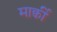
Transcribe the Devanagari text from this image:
मार्क्वी